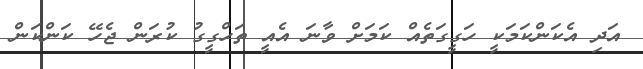
އަދި އެކަންކަމަކީ ހަގީގަތެއް ކަމަށް ވާނަ އެއީ ތަހްގީގު ކުރަން ޖެހޭ ކަންކަން